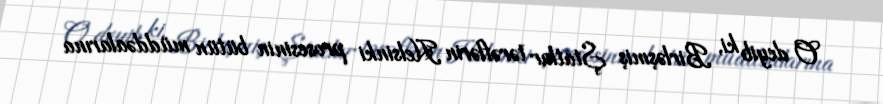
O deyib ki, Birləşmiş Ştatlar tərəflərin Helsinki prosesinin bütün müddəalarına